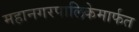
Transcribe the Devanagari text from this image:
महानगरपालिकेमार्फत